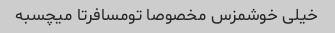
خیلی خوشمزس مخصوصا تومسافرتا میچسبه